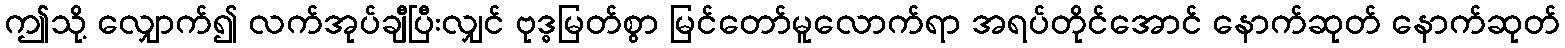
ဤသို့ လျှောက်၍ လက်အုပ်ချီပြီးလျှင် ဗုဒ္ဓမြတ်စွာ မြင်တော်မူလောက်ရာ အရပ်တိုင်အောင် နောက်ဆုတ် နောက်ဆုတ်